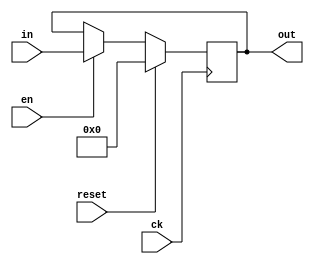
`timescale 1ns / 1ps
//////////////////////////////////////////////////////////////////////////////////

module reg_8b(
      input en,
      input ck,
      input reset,
      input [7:0] in,
      output reg [7:0] out
    );
    
    always@(posedge ck)
    begin
    if(reset==1)
        begin
        out<=0;
        end
    else
        if(en==1)
            begin
            out<=in;
            end
        else
            begin
            out<=out;
            end

     end
    
    
    
 
endmodule